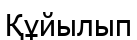
Құйылып